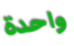
واحدة